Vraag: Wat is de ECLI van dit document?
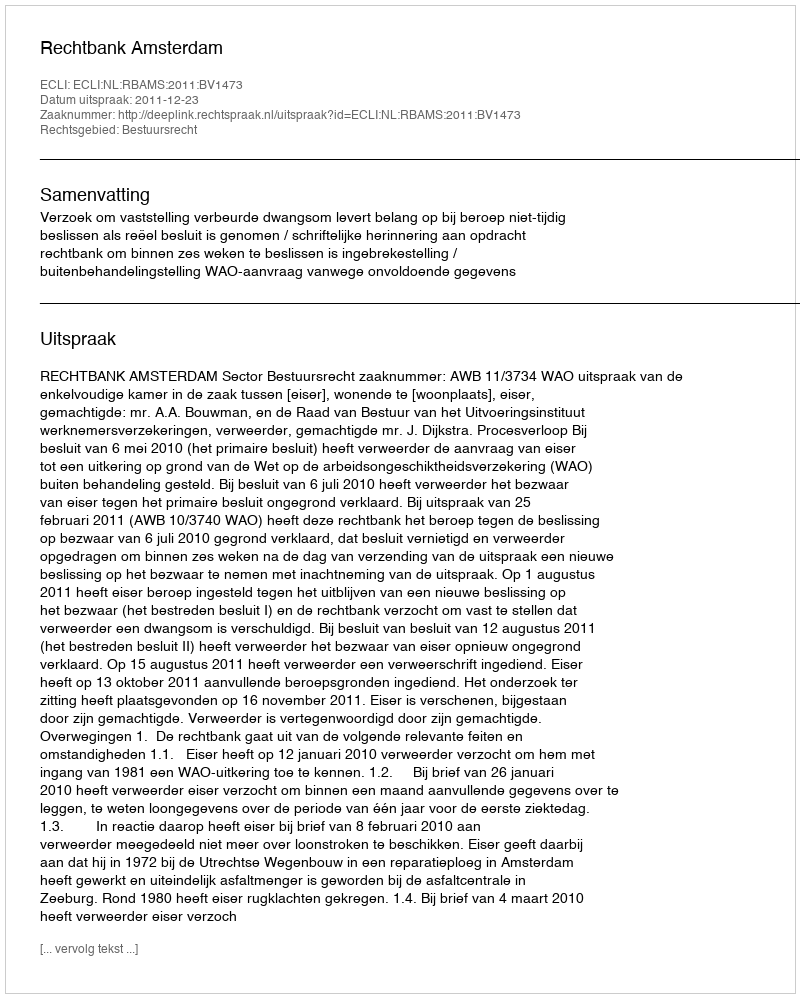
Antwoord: ECLI:NL:RBAMS:2011:BV1473